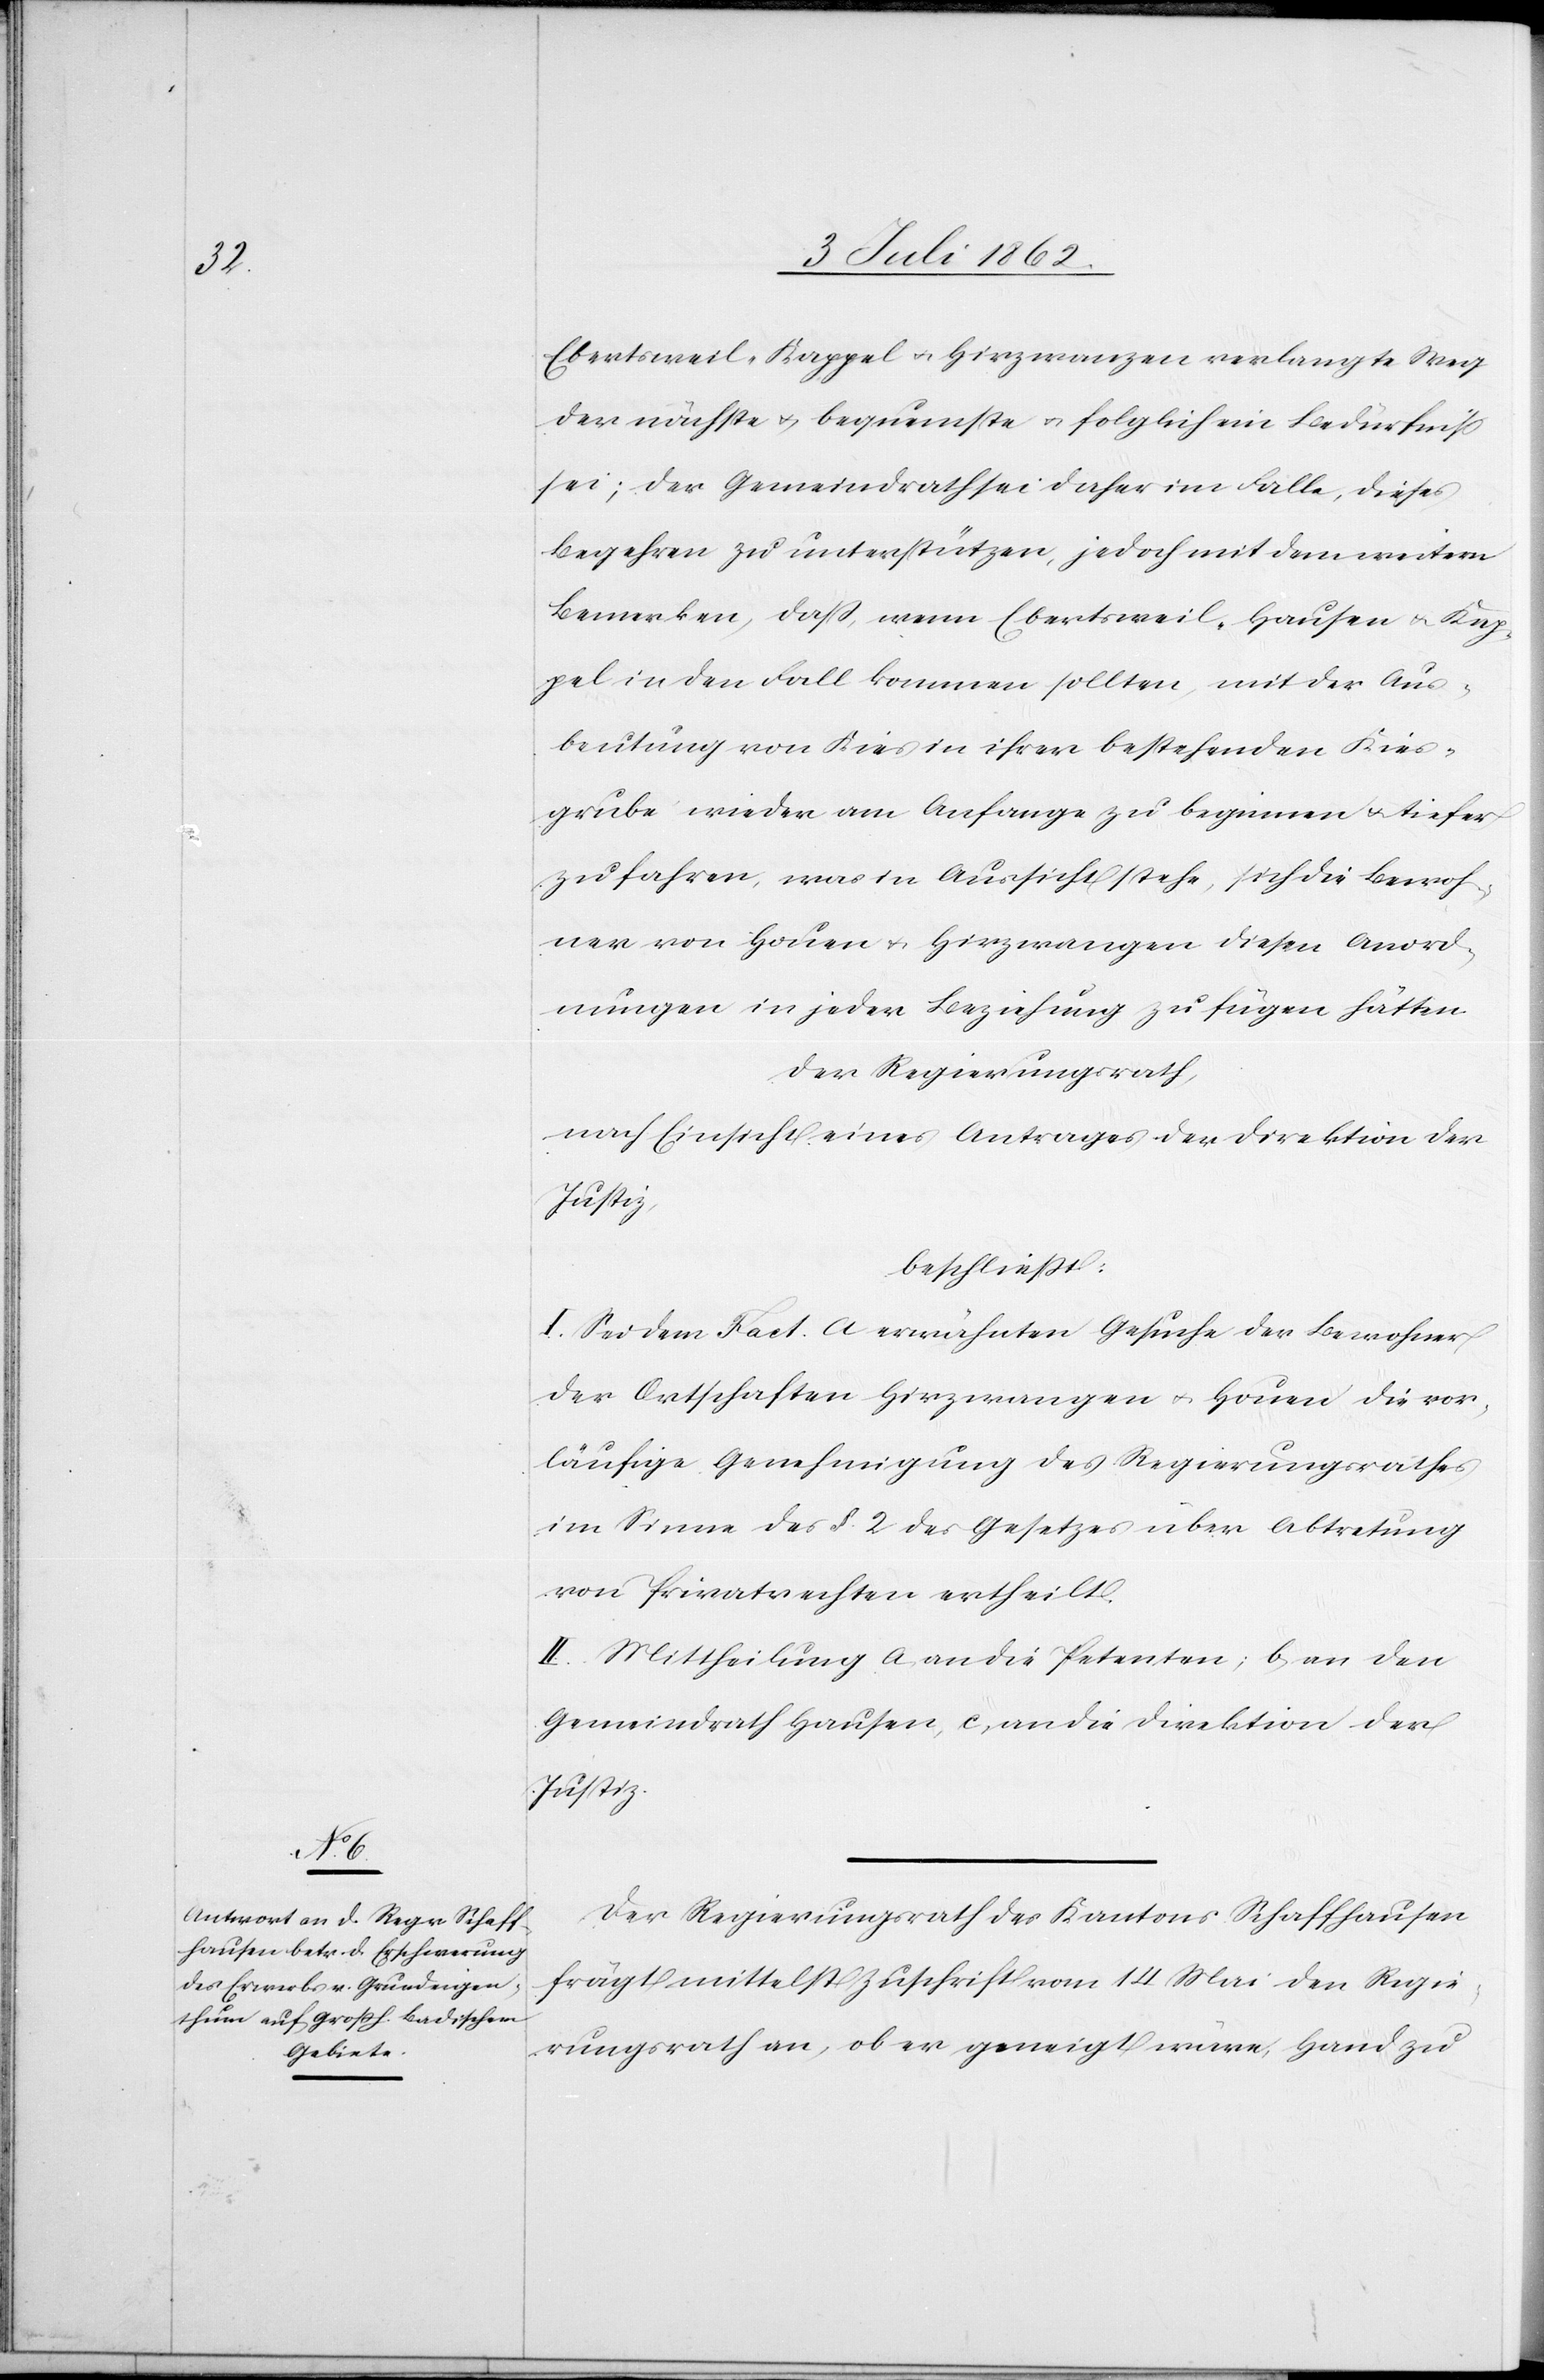
Ebertsweil-Kappel u. Hirzwangen verlangte Weg
der nächste u. bequemste u. folglich ein Bedürfniß
sei; der Gemeindrath sei daher im Falle, dieses
Begehren zu unterstützen, jedoch mit dem weitern
Bemerken, daß, wenn Ebertsweil-Hausen u. Kap¬
pel in den Fall kommen sollten mit der Aus¬
beutung von Kies in ihrer bestehenden Kies¬
grube wieder am Anfange zu beginnen u. tiefer
zu fahren, was in Aussicht stehe, sich die Bewoh¬
ner von Houen u. Hirzwangen diesen Anord¬
nungen in jeder Beziehung zu fügen hätten.
Der Regierungsrath,
nach Einsicht eines Antrages der Direktion der
Justiz,
beschließt:
I. Sei dem Fact. A erwähnten Gesuche der Bewohner
der Ortschaften Hirzwangen-Houen die vor¬
läufige Genehmigung des Regierungsrathes
im Sinne des § 2 des Gesetzes über Abtretung
von Privatrechten ertheilt.
II. Mittheilung a, an die Petenten; b, an den
Gemeindrath Hausen, c, an die Direktion der
Justiz.
Der Regierungsrath des Kantons Schaffhausen
frägt mittelst Zuschrift vom 14 Mai den Regie¬
rungsrath an, ob er geneigt wäre, Hand zu